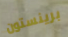
برينستون